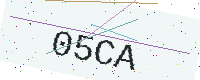
Text: 05CA